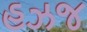
હઝજ